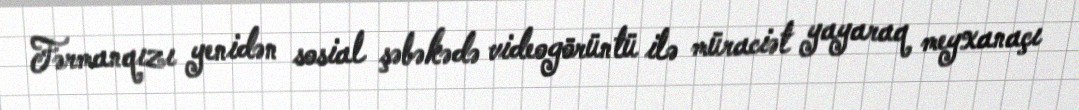
Fərmanqızı yenidən sosial şəbəkədə videogörüntü ilə müraciət yayaraq meyxanaçı